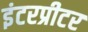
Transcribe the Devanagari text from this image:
इंटरप्रीटर